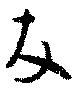
友